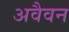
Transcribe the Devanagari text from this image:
अवैवन